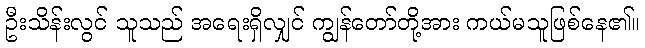
ဦးသိန်းလွင် သူသည် အရေးရှိလျှင် ကျွန်တော်တို့အား ကယ်မသူဖြစ်နေ၏။